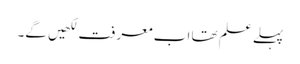
پہلے علم تھا اب معرفت لکھیں گے۔